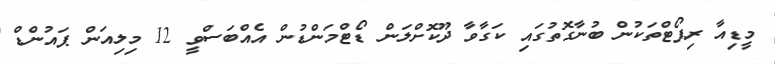
މީޑިއާ ރިޕޯޓްތަކުން ބުނާގޮތުގައި ކަގާވާ ދޫކޮށްލަން ޑޯޓްމަންޑުން އެއްބަސްވީ 12 މިލިއަން ޕައުންޑް